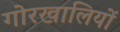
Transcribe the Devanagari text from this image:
गोरखालियों